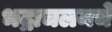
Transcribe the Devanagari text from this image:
भद्राचलमचे